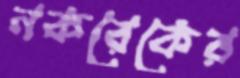
নকরেকের